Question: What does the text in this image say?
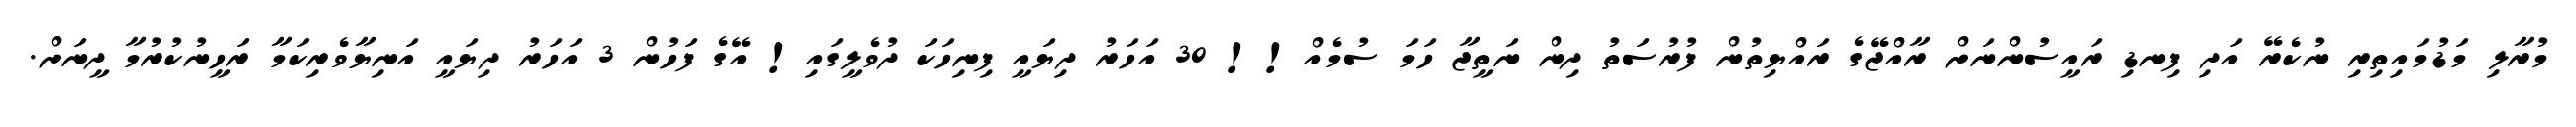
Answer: މުރާލި މަޑުމައިތިރި ނުކެރޭ އަދި ފިނޑި ރައީސުންނަށް ރާއްޖޭގެ ރައްޔިތުން ފުރުސަތު ދިން ނަތީޖާ ހަމަ ސުމެއް!! 30 އަހަރު ދިޔައީ ފިނިހަކަ ދުވެލީގައި! އޭގެ ފަހުން 3 އަހަރު ދިޔައީ އަނިޔާވެރިކަމާ ރަހީނުކުރުމާ ދީނަށް.